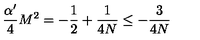
\frac { \alpha ^ { \prime } } 4 M ^ { 2 } = - \frac 1 2 + \frac 1 { 4 N } \le - \frac 3 { 4 N }